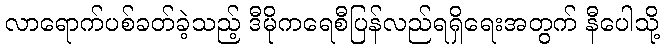
လာရောက်ပစ်ခတ်ခဲ့သည့် ဒီမိုကရေစီပြန်လည်ရရှိရေးအတွက် နီပေါသို့